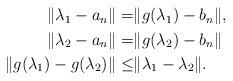
LaTeX: \begin{align*}\begin{aligned}\|\lambda_{1}-a_{n}\|= & \|g(\lambda_{1})-b_{n}\|,\\\|\lambda_{2}-a_{n}\|= & \|g(\lambda_{2})-b_{n}\|\\\|g(\lambda_{1})-g(\lambda_{2})\|\le & \|\lambda_{1}-\lambda_{2}\|.\end{aligned}\end{align*}